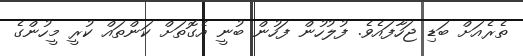
ތެރެއަށް ބަޑި ޖަހާފައެވެ. ފުލުހުން ފަހުން ބުނީ އެގޮތަށް ކަންތައް ކުރީ މީހުންގެ